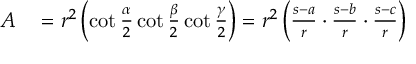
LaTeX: \begin{array} { r l } { A } & { { } = r ^ { 2 } \left( \cot { \frac { \alpha } { 2 } } \cot { \frac { \beta } { 2 } } \cot { \frac { \gamma } { 2 } } \right) = r ^ { 2 } \left( { \frac { s - a } { r } } \cdot { \frac { s - b } { r } } \cdot { \frac { s - c } { r } } \right) } \end{array}